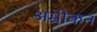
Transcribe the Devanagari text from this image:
अम्रीकन